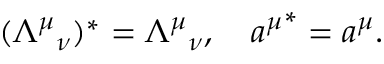
( { { \mit \Lambda } ^ { \mu } } _ { \nu } ) ^ { * } = { { \mit \Lambda } ^ { \mu } } _ { \nu } , \quad { a ^ { \mu } } ^ { * } = a ^ { \mu } .